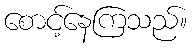
စောင့်နေကြသည်။